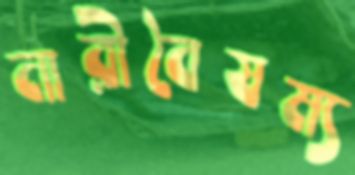
নারীবৈষম্য